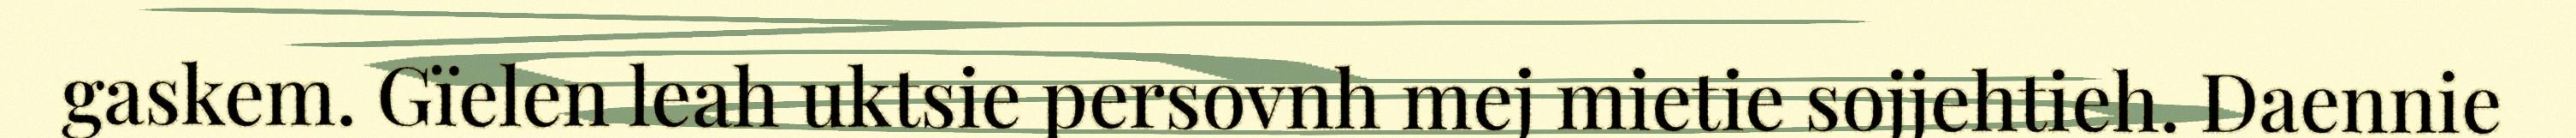
gaskem. Gïelen leah uktsie persovnh mej mietie sojjehtieh. Daennie